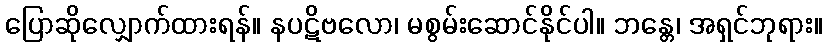
ပြောဆိုလျှောက်ထားရန်။ နပဋိဗလော၊ မစွမ်းဆောင်နိုင်ပါ။ ဘန္တေ၊ အရှင်ဘုရား။